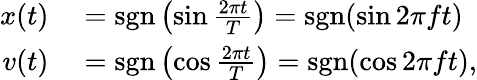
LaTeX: \begin{array}{rl}{x(t)}&{{}=\operatorname{sgn}\left(\sin{\frac{2\pi t}{T}}\right)=\operatorname{sgn}(\sin 2\pi ft)}\\ {v(t)}&{{}=\operatorname{sgn}\left(\cos{\frac{2\pi t}{T}}\right)=\operatorname{sgn}(\cos 2\pi ft),}\end{array}